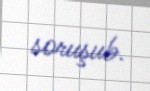
soruşub.